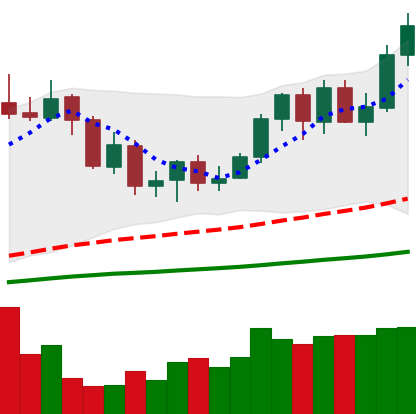
Ticker: NEO-USD
Chart end date: 2020-09-18
Forward return: -22.214%
Label: down_7plus